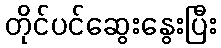
တိုင်ပင်ဆွေးနွေးပြီး